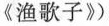
《渔歌子》